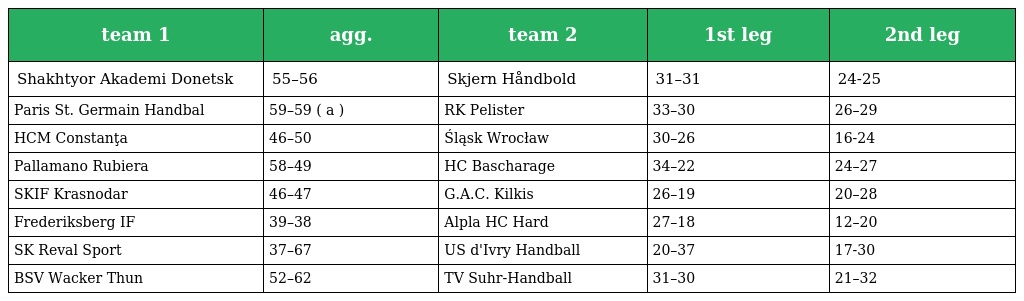
| team 1 | agg. | team 2 | 1st leg | 2nd leg |
 | --- | --- | --- | --- | --- |
 | Shakhtyor Akademi Donetsk | 55–56 | Skjern Håndbold | 31–31 | 24-25 |
 | Paris St. Germain Handbal | 59–59 ( a ) | RK Pelister | 33–30 | 26–29 |
 | HCM Constanţa | 46–50 | Śląsk Wrocław | 30–26 | 16-24 |
 | Pallamano Rubiera | 58–49 | HC Bascharage | 34–22 | 24–27 |
 | SKIF Krasnodar | 46–47 | G.A.C. Kilkis | 26–19 | 20–28 |
 | Frederiksberg IF | 39–38 | Alpla HC Hard | 27–18 | 12–20 |
 | SK Reval Sport | 37–67 | US d'Ivry Handball | 20–37 | 17-30 |
 | BSV Wacker Thun | 52–62 | TV Suhr-Handball | 31–30 | 21–32 |